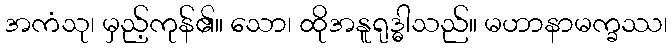
အကံသု၊ မှည့်ကုန်၏။ သော၊ ထိုအနူရုဒ္ဓါသည်။ မဟာနာမက္ခဿ၊